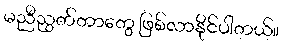
မညီညွတ်တာတွေ ဖြစ်လာနိုင်ပါတယ်။